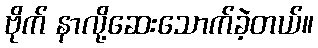
ဗိုက် နာလို့ဆေးသောက်ခဲ့တယ်။